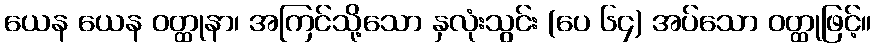
ယေန ယေန ဝတ္ထုနာ၊ အကြင်သို့သော နှလုံးသွင်း (ပေ ၆၄) အပ်သော ဝတ္ထုဖြင့်။